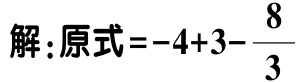
解：原式\(=-4 + 3 - \dfrac{8}{3}\)